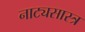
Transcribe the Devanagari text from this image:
नाट्यसास्त्र